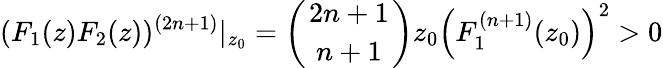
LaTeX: (F_{1}(z)F_{2}(z))^{(2n+1)}|_{z_{0}}=\left(2n+1\atop n+1\right)z_{0}\left(F_{1}^{(n+1)}(z_{0})\right)^{2}>0